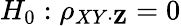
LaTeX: H_{0}:\rho_{XY\cdot\mathbf{Z}}=0